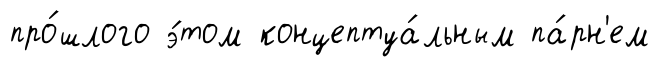
про́шлого э́том концептуа́льным па́рн'ем